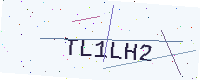
Text: TL1LH2